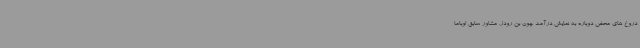
دروغ های محض دوباره به نمایش درآمد چون بن رودز، مشاور سابق اوباما